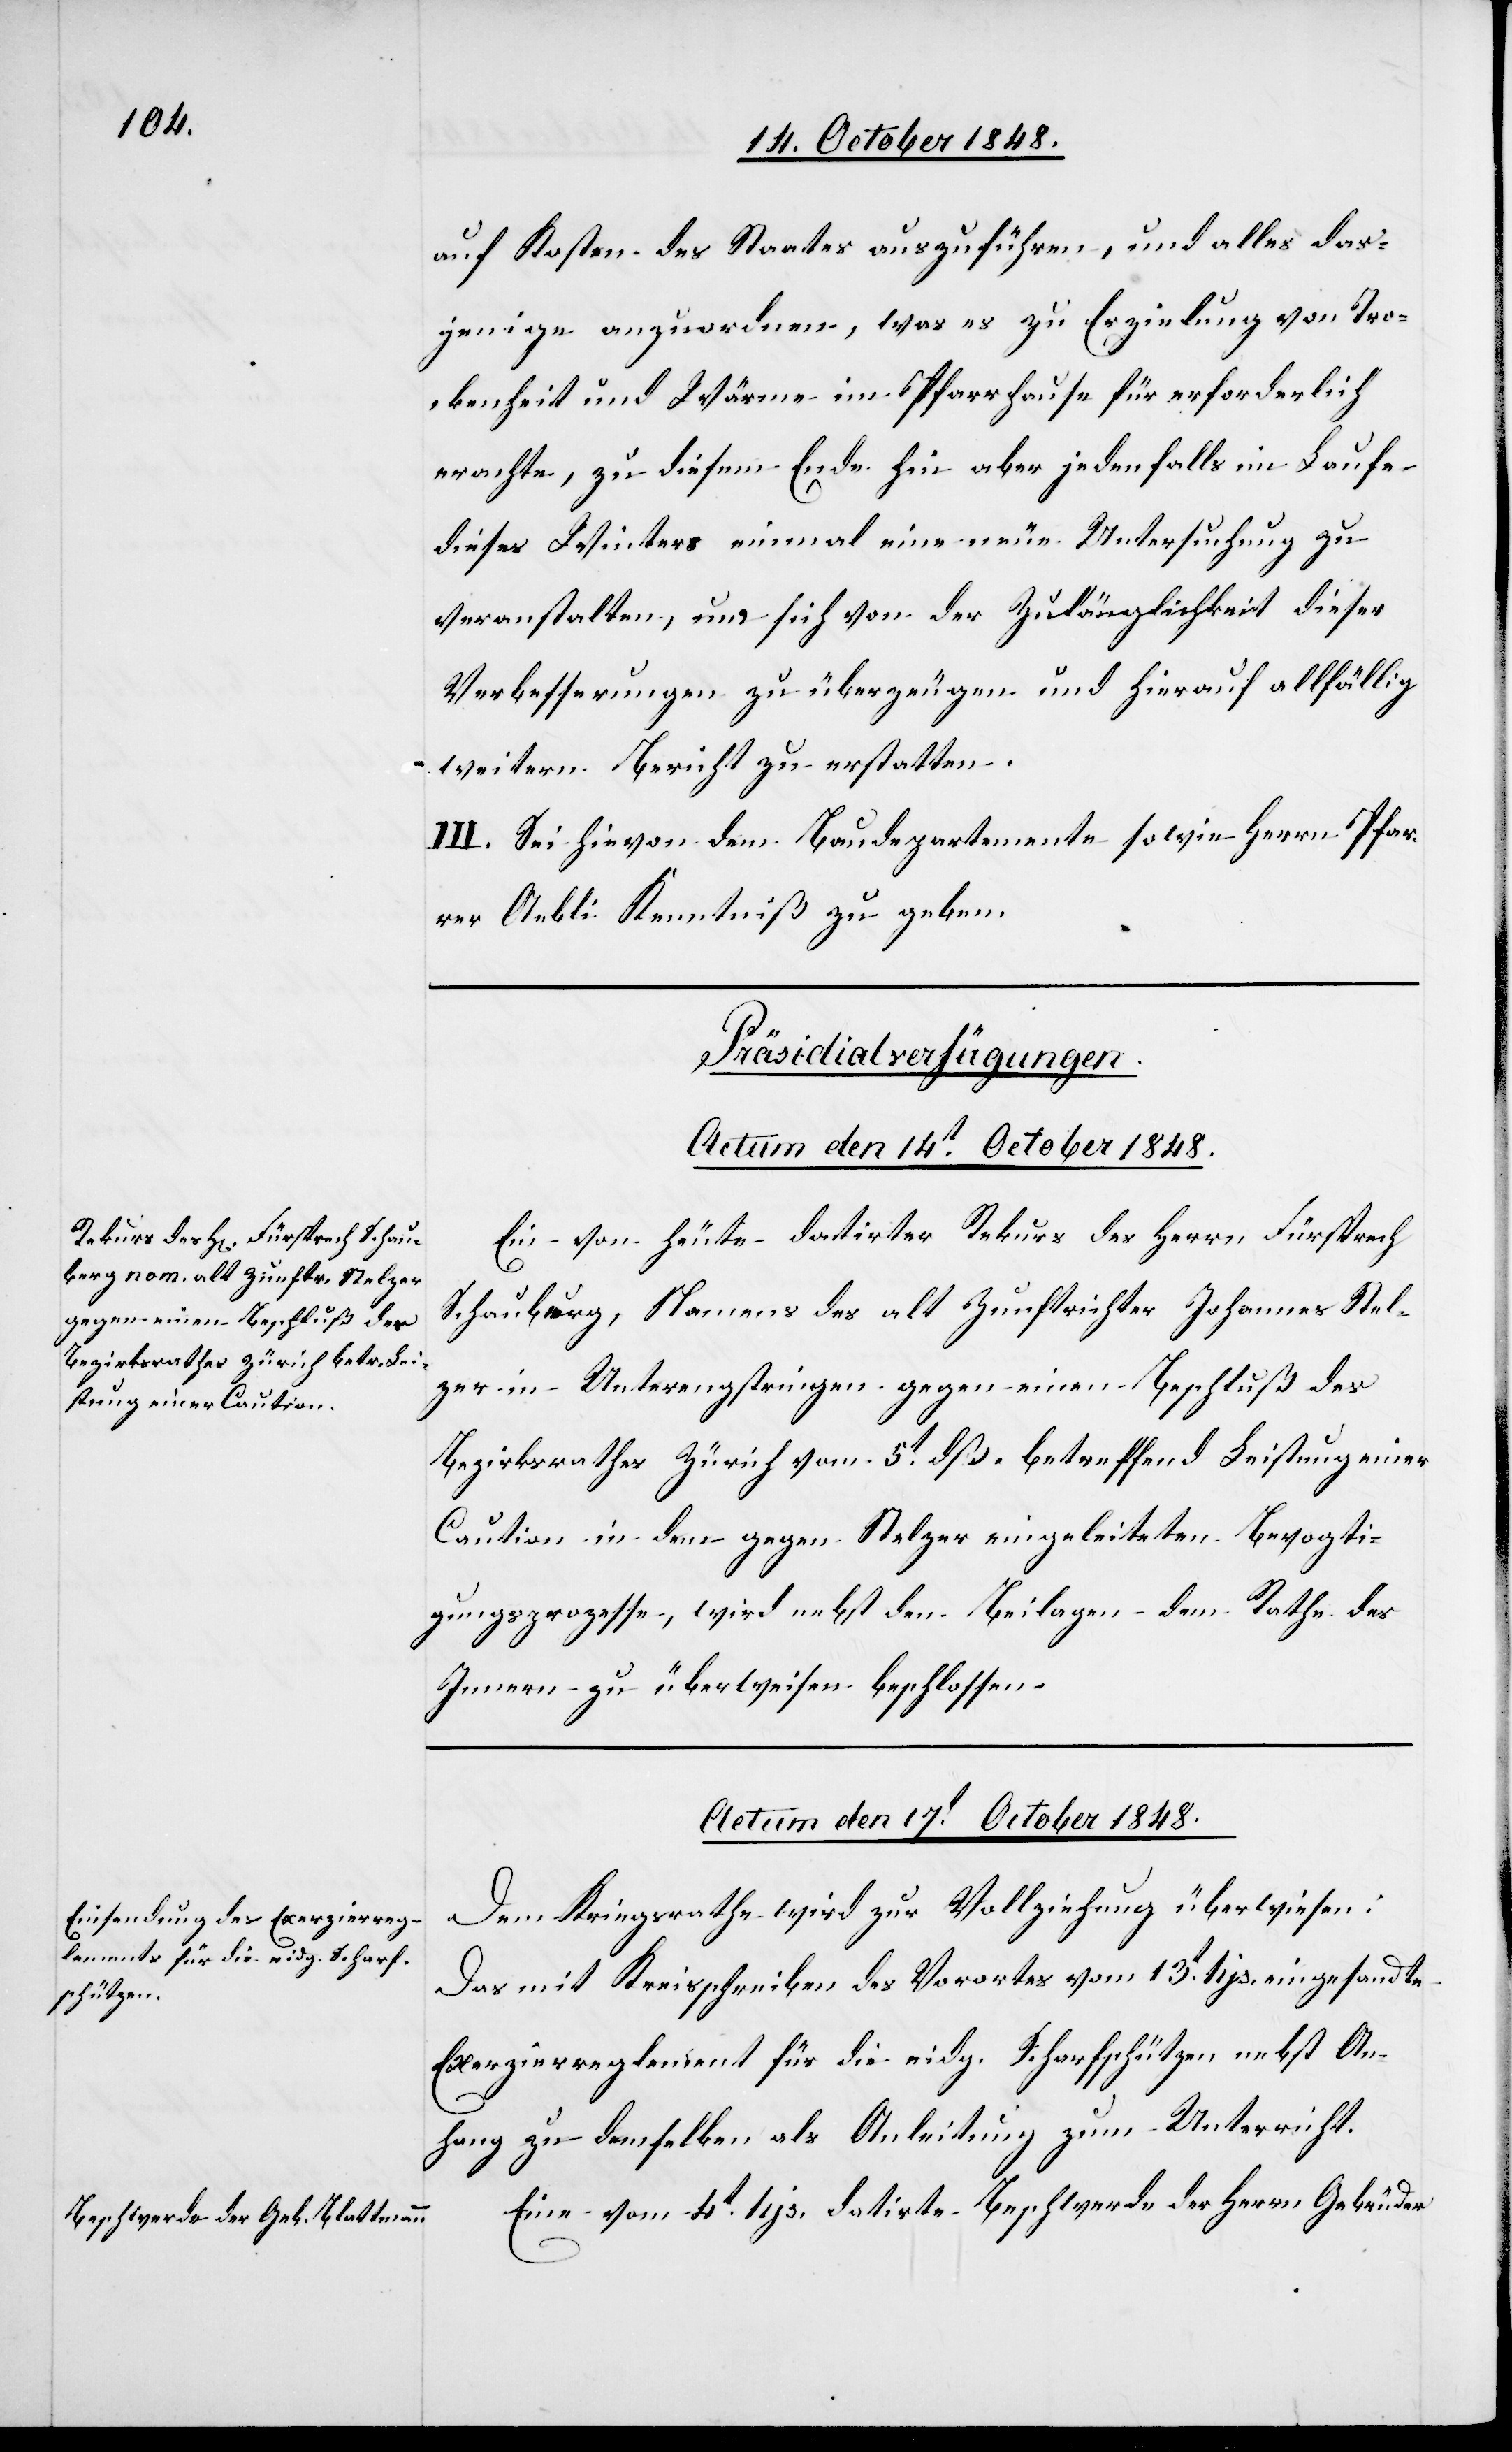
auf Kosten des Staates auszuführen, und alles das¬
jenige anzuordnen, was es zu Erzielung von Tro¬
ckenheit und Wärme im Pfarrhause für erforderlich
erachte, zu diesem Ende hin aber jedenfalls im Laufe
dieses Winters einmal eine neue Untersuchung zu
veranstalten, um sich von der Zulänglichkeit dieser
Verbesserungen zu überzeugen und hierauf allfällig
weitern Bericht zu erstatten.
III. Sei hievon dem Baudepartment sowie Herrn Pfar¬
rer Aebli Kenntniß zu geben.
[Präsidialverfügungen.
Actum den 14t October 1848.
Ein von heute datirter Rekurs des Herrn Fürsprech
Schauberg, Namens des alt Zunftrichter Johannes Stel¬
zer in Unterengstringen gegen einen Beschluß des
Bezirksrathes Zürich vom 5t dß. betreffend Leistung einer
Caution in dem gegen Stelzer eingeleiteten Bevogit¬
gungsprozesse, wird nebst den Beilagen dem Rathe des
Innern zu überweisen beschlossen.
Actum den 17t October 1848.]
Dem Kriegsrathe wird zur Vollziehung überwiesen:
Das mit Kreisschreiben des Vorortes vom 13t Hjs. eingesandte
Exerzierreglement für die eidg. Scharfschützen nebst An¬
hang zu demselben als Anleitung zum Unterricht.
Eine vom 4t hjs. datirte Beschwerde der Herrn Gebrüder